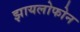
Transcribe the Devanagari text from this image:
झायलोफोन